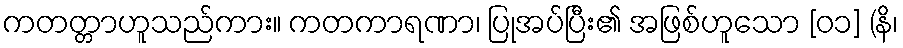
ကတတ္တာဟူသည်ကား။ ကတကာရဏာ၊ ပြုအပ်ပြီး၏ အဖြစ်ဟူသော [၀၁] (နိ၊